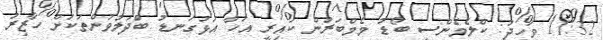
11:32 ވަހީދު: ކްލެމެންސީ ބޯޑު މެމްބަރުން ކައިރީ އަހާ އަޅުގަނޑު ބަްދަލުވުންތަކަށް ހާޒިރު